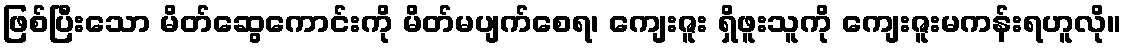
ဖြစ်ပြီးသော မိတ်ဆွေကောင်းကို မိတ်မပျက်စေရ၊ ကျေးဇူး ရှိဖူးသူကို ကျေးဇူးမကန်းရဟူလို။